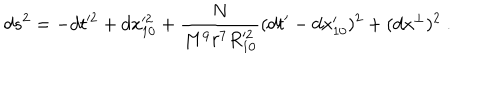
d s ^ { 2 } = - d t ^ { 2 } + d x _ { 1 0 } ^ { 2 } + \frac { N } { M ^ { 9 } r ^ { 7 } R _ { 1 0 } ^ { 2 } } ( d t ^ { \prime } - d x _ { 1 0 } ^ { \prime } ) ^ { 2 } + ( d x ^ { \perp } ) ^ { 2 } \ .